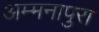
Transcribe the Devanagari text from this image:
अम्मनापुरा